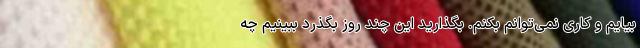
بیایم و کاری نمی‌توانم بکنم. بگذارید این چند روز بگذرد ببینیم چه